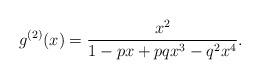
LaTeX: \begin{align*}g^{(2)}(x)=\frac{x^{2}}{1-px+pqx^{3}-q^{2}x^{4}}.\end{align*}